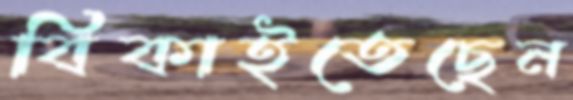
বিকাইতেছেন